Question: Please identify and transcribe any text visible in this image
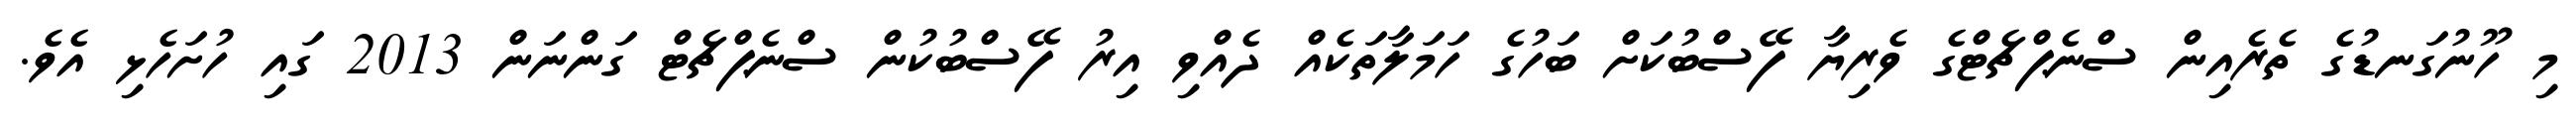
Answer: މި ހޫނުގަނޑުގެ ތެރެއިން ސްނެޕްޗެޓްގެ ވެރިޔާ ފޭސްބުކަށް ބަހުގެ ހަމަލާތަކެއް ދެއްވި އިރު ފޭސްބުކުން ސްނެޕްޗެޓް ގަންނަން 2013 ގައި ހުށަހެޅި އެވެ.